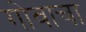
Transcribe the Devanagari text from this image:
गोवाचा